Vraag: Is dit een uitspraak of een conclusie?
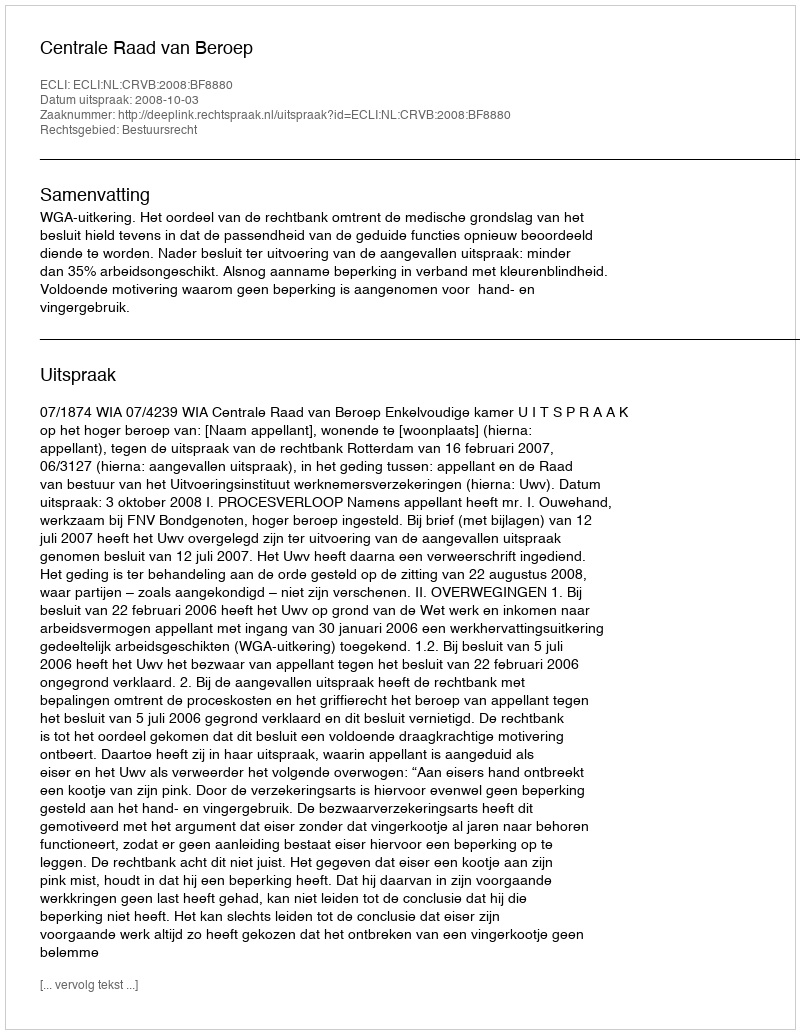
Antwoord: Uitspraak